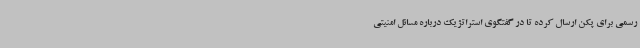
رسمی برای پکن ارسال کرده تا در گفتگوی استراتژیک درباره مسائل امنیتی